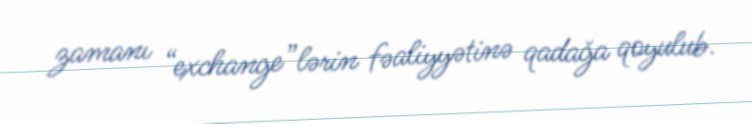
zamanı “exchange”lərin fəaliyyətinə qadağa qoyulub.